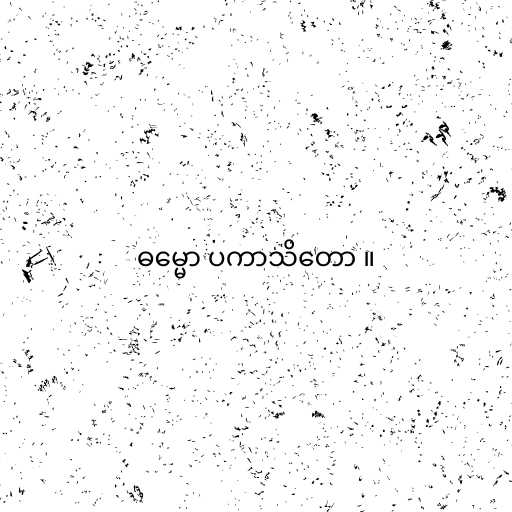
ဓမ္မော ပကာသိတော ။